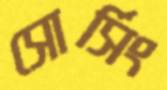
সোর্সিং